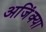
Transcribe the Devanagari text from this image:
अजिंक्या